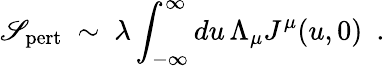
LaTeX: \mathscr{S}_{\mathrm{{pert}}}\ \sim\ \lambda\int_{-\infty}^{\infty}du\, \Lambda_{\mu}J^{\mu}(u,0)\ \ .